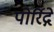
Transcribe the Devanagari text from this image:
पोर्रिद्गे